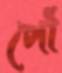
পৌঁ